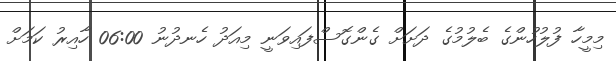
މިމީހާ ފުލުހުންގެ ބެލުމުގެ ދަށަށް ގެންގޮސްފައިވަނީ މިއަދު ހެނދުނު 06:00 ހާއިރު ކަމަށް